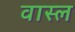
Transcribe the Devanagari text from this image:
वास्ल